65_HS1-834228961_62-HQ-83894_Section_1
Agency: FBI
Page 1
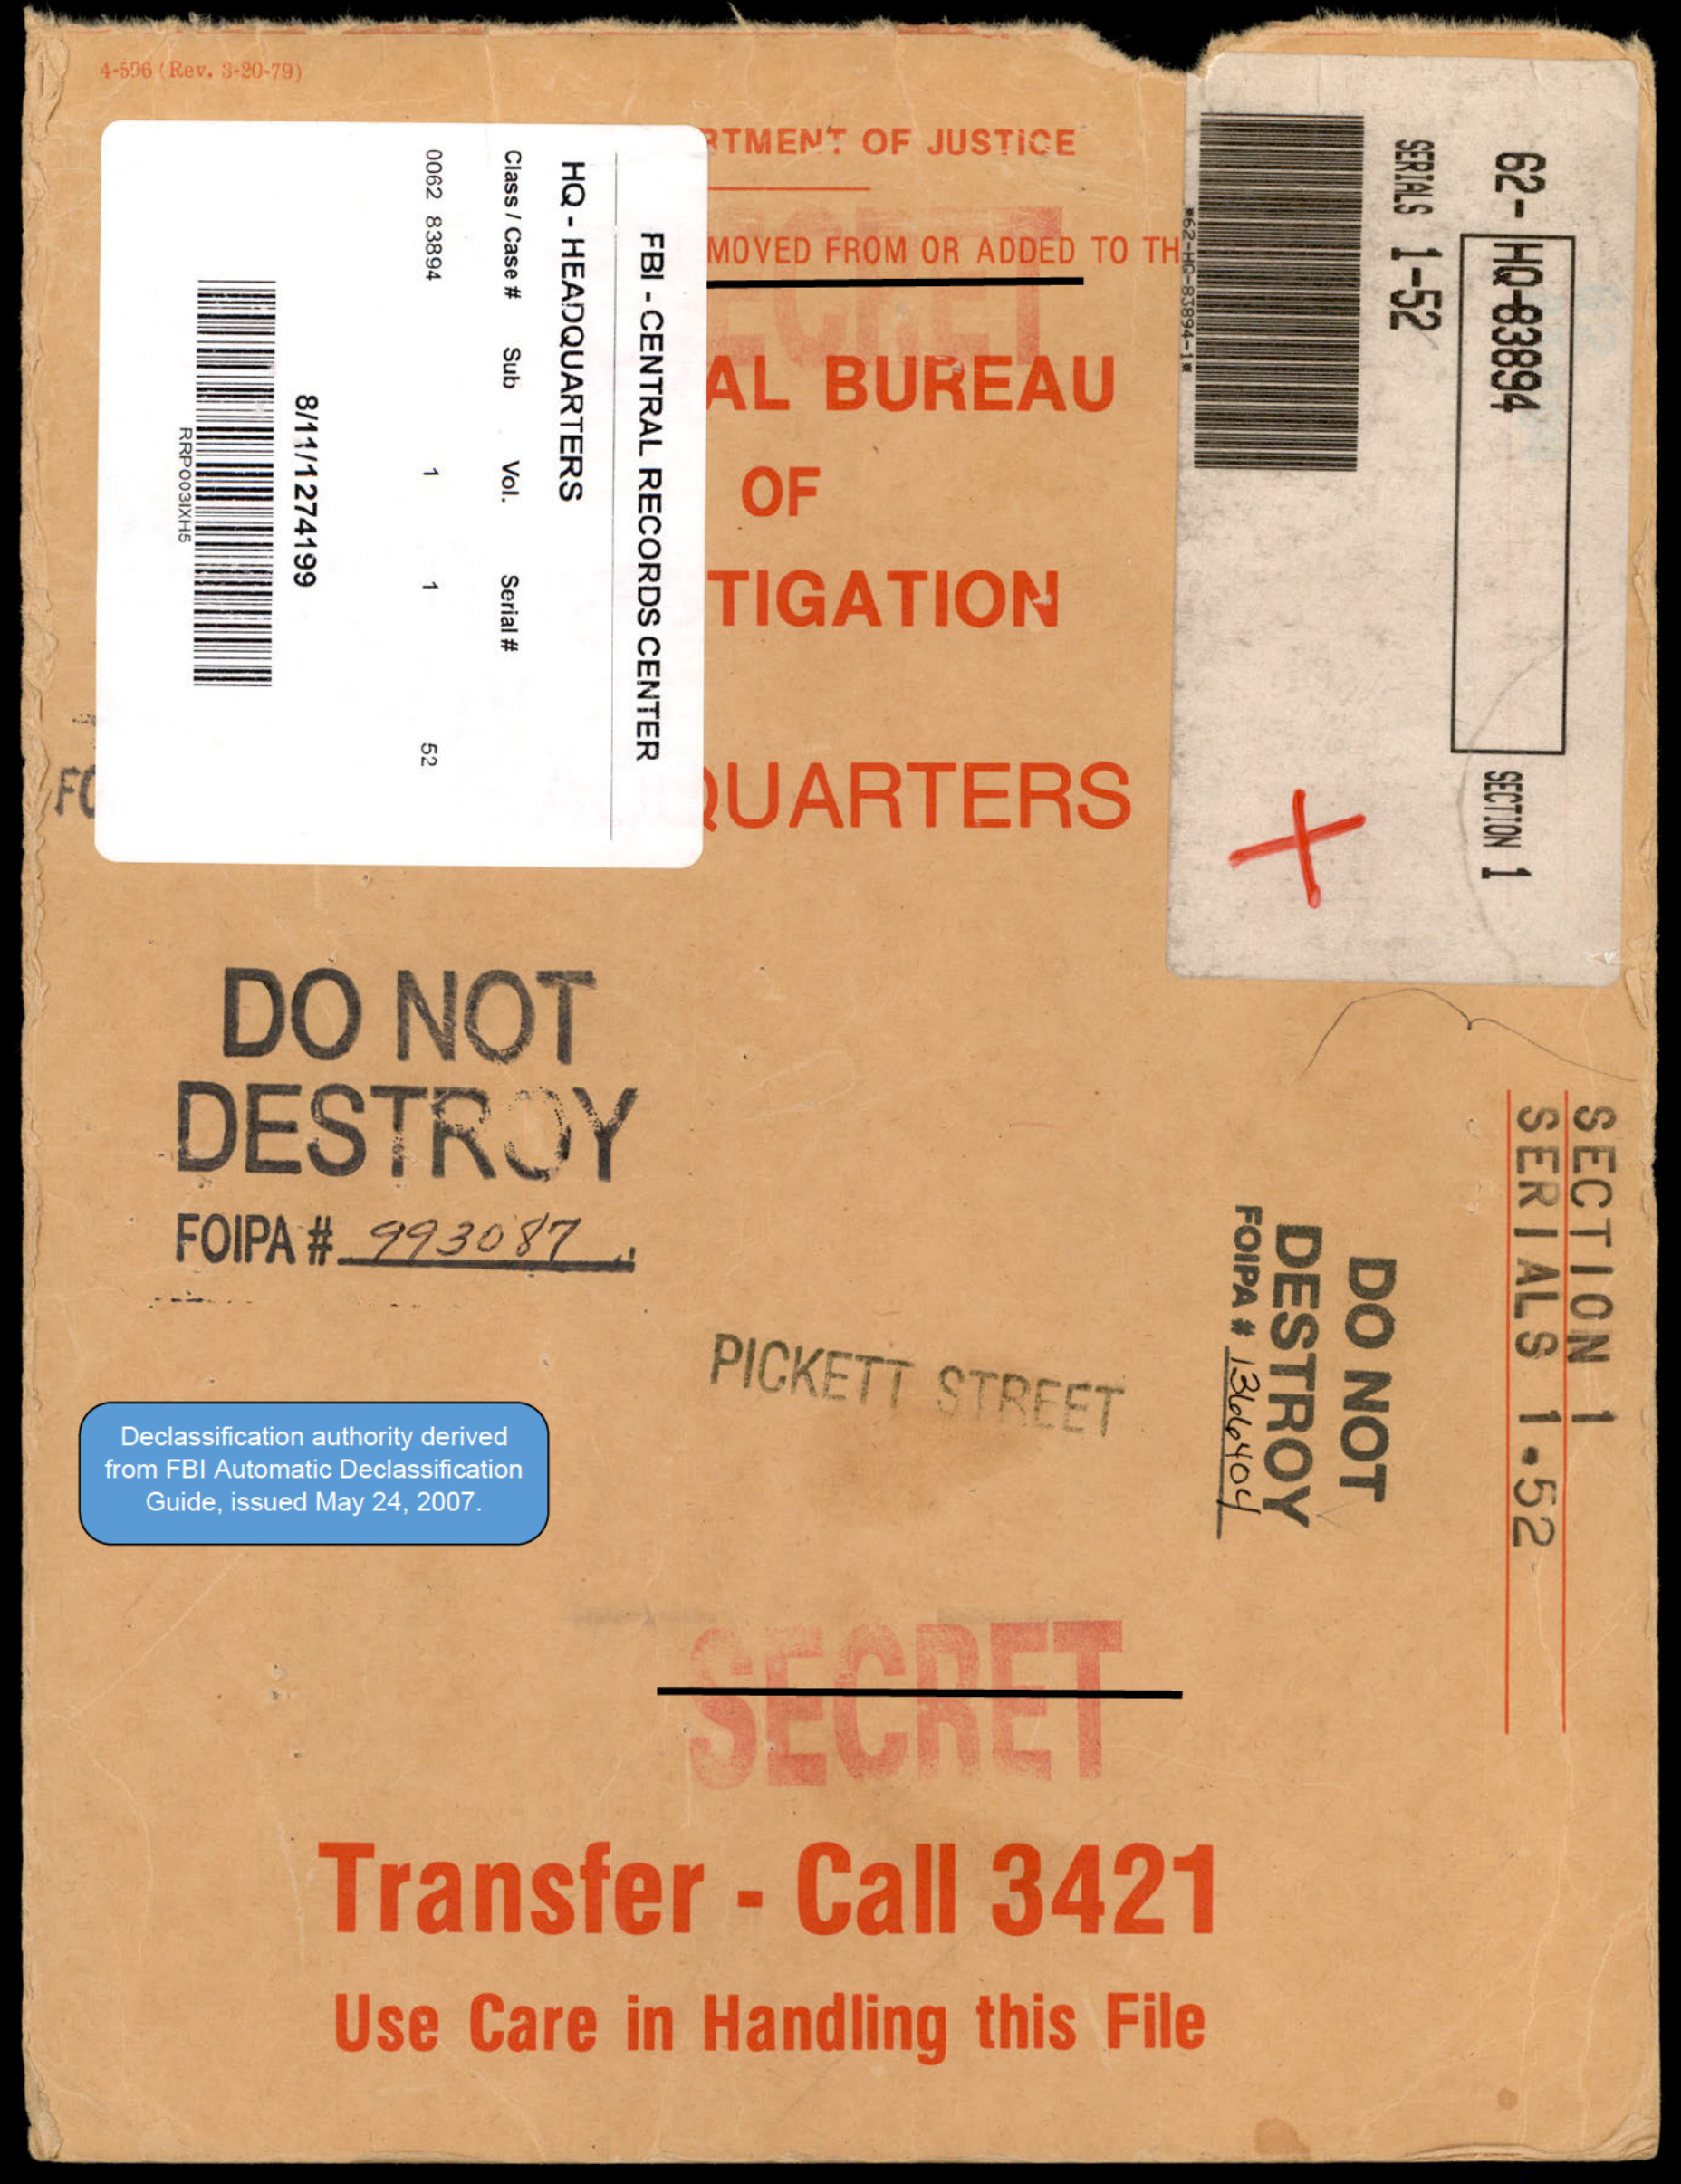